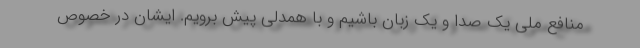
منافع ملی یک صدا و یک زبان باشیم و با همدلی پیش برویم. ایشان در خصوص